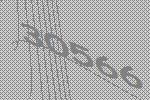
30566